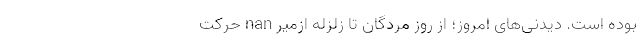
بوده است. دیدنی‌های امروز؛ از روز مُردگان تا زلزله ازمیر nan حرکت